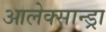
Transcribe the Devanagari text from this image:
आलेक्सान्ड्रा